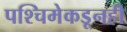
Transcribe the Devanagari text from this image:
पश्चिमेकडूनही